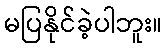
မပြနိုင်ခဲ့ပါဘူး။